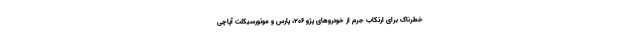
خطرناک برای ارتکاب جرم از خودروهای پژو 206، پارس و موتورسیکلت آپاچی